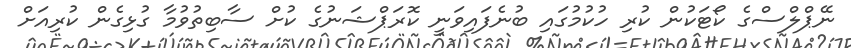
ނޭޕްލްސްގެ ކޯޓަކުން ކުރި ހުކުމުގައި ބުނެފައިވަނީ ކޮރަޕްޝަނުގެ ކުށް ސާބިތުވުމާ ގުޅިގެން ކުރިއަށް